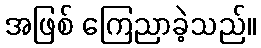
အဖြစ် ကြေညာခဲ့သည်။